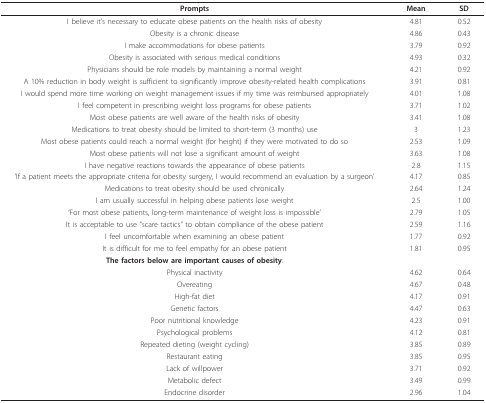
| Prompts | Mean | SD |
 | --- | --- | --- |
 | I believe it's necessary to educate obese patients on the health risks of obesity | 4.81 | 0.52 |
 | Obesity is a chronic disease | 4.86 | 0.43 |
 | I make accommodations for obese patients | 3.79 | 0.92 |
 | Obesity is associated with serious medical conditions | 4.93 | 0.32 |
 | Physicians should be role models by maintaining a normal weight | 4.21 | 0.92 |
 | A 10% reduction in body weight is sufficient to significantly improve obesity-related health complications | 3.91 | 0.81 |
 | I would spend more time working on weight management issues if my time was reimbursed appropriately | 4.01 | 1.08 |
 | I feel competent in prescribing weight loss programs for obese patients | 3.71 | 1.02 |
 | Most obese patients are well aware of the health risks of obesity | 3.41 | 1.08 |
 | Medications to treat obesity should be limited to short-term (3 months) use | 3 | 1.23 |
 | Most obese patients could reach a normal weight (for height) if they were motivated to do so | 2.53 | 1.09 |
 | Most obese patients will not lose a significant amount of weight | 3.63 | 1.08 |
 | I have negative reactions towards the appearance of obese patients | 2.8 | 1.15 |
 | 'If a patient meets the appropriate criteria for obesity surgery, I would recommend an evaluation by a surgeon' | 4.17 | 0.85 |
 | Medications to treat obesity should be used chronically | 2.64 | 1.24 |
 | I am usually successful in helping obese patients lose weight | 2.5 | 1.00 |
 | 'For most obese patients, long-term maintenance of weight loss is impossible' | 2.79 | 1.05 |
 | It is acceptable to use "scare tactics" to obtain compliance of the obese patient | 2.59 | 1.16 |
 | I feel uncomfortable when examining an obese patient | 1.77 | 0.92 |
 | It is difficult for me to feel empathy for an obese patient | 1.81 | 0.95 |
 | The factors below are important causes of obesity: |  |  |
 | Physical inactivity | 4.62 | 0.64 |
 | Overeating | 4.67 | 0.48 |
 | High-fat diet | 4.17 | 0.91 |
 | Genetic factors | 4.47 | 0.63 |
 | Poor nutritional knowledge | 4.23 | 0.91 |
 | Psychological problems | 4.12 | 0.81 |
 | Repeated dieting (weight cycling) | 3.85 | 0.89 |
 | Restaurant eating | 3.85 | 0.95 |
 | Lack of willpower | 3.71 | 0.92 |
 | Metabolic defect | 3.49 | 0.99 |
 | Endocrine disorder | 2.96 | 1.04 |